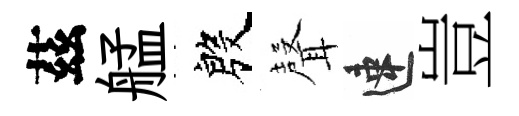
茲艋殷𮋻速豈